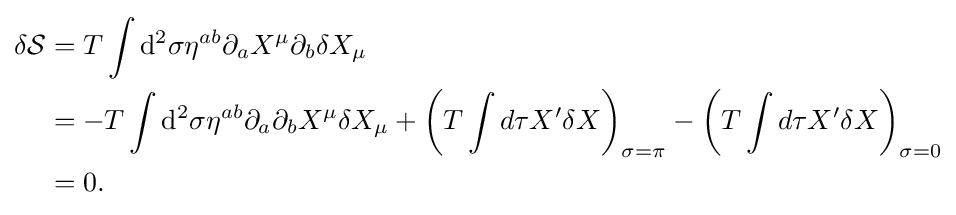
{\begin{aligned}\delta {\mathcal {S}}&=T\int \mathrm {d} ^{2}\sigma \eta ^{ab}\partial _{a}X^{\mu }\partial _{b}\delta X_{\mu }\\&=-T\int \mathrm {d} ^{2}\sigma \eta ^{ab}\partial _{a}\partial _{b}X^{\mu }\delta X_{\mu }+\left(T\int d\tau X'\delta X\right)_{\sigma =\pi }-\left(T\int d\tau X'\delta X\right)_{\sigma =0}\\&=0.\end{aligned}}